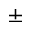
\pm